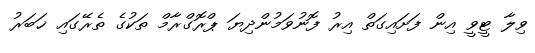
ވިލާ ޓީވީ އިން ފަށައިގަތް އިރު ފޮނުވަމުންދިޔަ ޕްރޮގްރާމް ތަކުގެ ތެރޭގައި ޚަބަރު